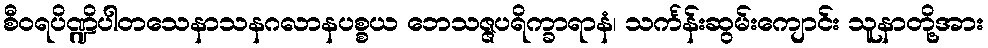
စီဝရပိဏ္ဍိပါတသေနာသနဂလာနပစ္စယ ဘေသဇ္ဇပရိက္ခာရာနံ၊ သင်္ကန်းဆွမ်းကျောင်း သူနာတို့အား